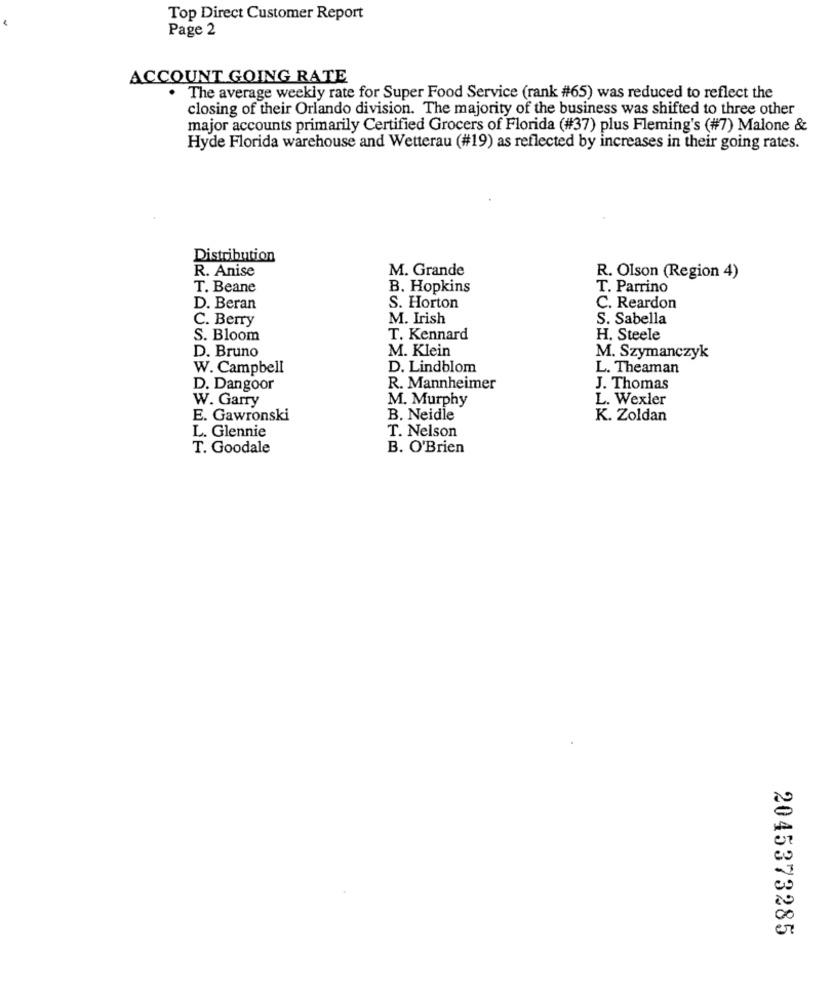
Top Direct Customer Report
Page 2
ACCOUNT GOING RATE
The average weekly rate for Super Food Service (rank #65) was reduced to reflect the
closing of their Orlando division. The majority of the business was shifted to three other
major accounts primarily Certified Grocers of Florida (#37) plus Fleming's (#7) Malone &
Hyde Florida warehouse and Wetterau (#19) as reflected by increases in their going rates.
Distribution
M. Grande
R. Anise
R. Olson (Region 4)
T. Beane
B. Hopkins
T. Parrino
D. Beran
S. Horton
C. Reardon
C. Berry
M. Irish
S. Sabella
S. Bloom
T. Kennard
H. Steele
M. Klein
D. Bruno
M. Szymanczyk
W. Campbell
D. Lindblom
L. Theaman
D. Dangoor
R. Mannheimer
J. Thomas
M. Murphy
L. Wexler
W. Garry
E. Gawronski
B. Neidle
K. Zoldan
L. Glennie
T. Nelson
T. Goodale
B. O'Brien
2045373285